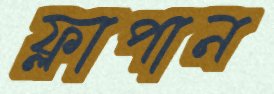
ফ্লাপান